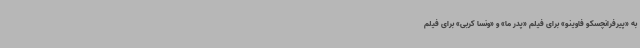
به «پیرفرانچسکو فاوینو» برای فیلم «پدر ما» و «ونسا کربی» برای فیلم